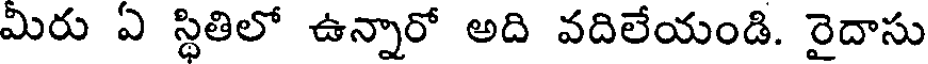
మిరు ఏ స్థితిలో ఉన్నారో అది వదిలేయండి. రైదాసు